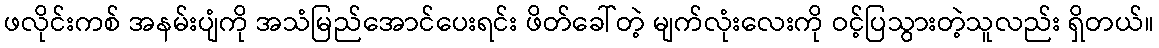
ဖလိုင်းကစ် အနမ်းပျံကို အသံမြည်အောင်ပေးရင်း ဖိတ်ခေါ်တဲ့ မျက်လုံးလေးကို ဝင့်ပြသွားတဲ့သူလည်း ရှိတယ်။